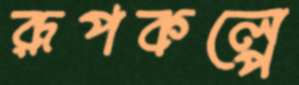
রূপকল্পে